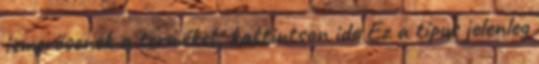
ismerősenek a terméket, kattintson ide Ez a típus jelenleg